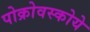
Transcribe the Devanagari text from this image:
पोक्रोवस्कोये